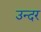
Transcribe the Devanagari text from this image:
उन्दर